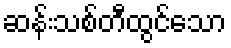
ဆန်းသစ်တီထွင်သော